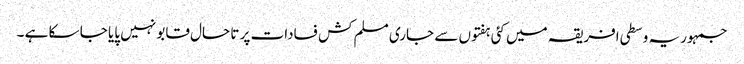
جمہوریہ وسطی افریقہ میں کئی ہفتوں سے جاری مسلم کش فسادات پر تا حال قابو نہیں پایا جا سکا ہے ۔